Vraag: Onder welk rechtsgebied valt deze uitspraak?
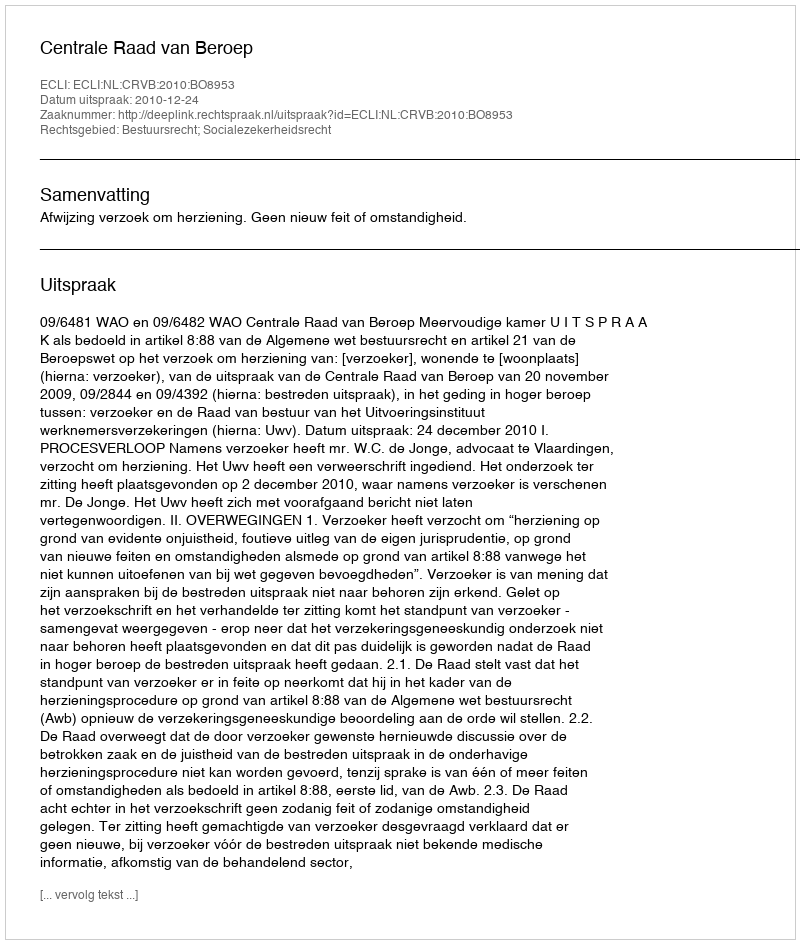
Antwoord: Bestuursrecht; Socialezekerheidsrecht